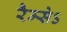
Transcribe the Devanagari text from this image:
रैम्सेऽ